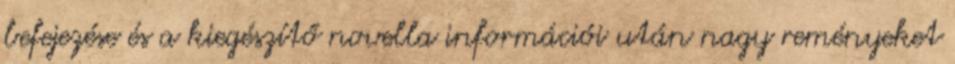
befejezése és a kiegészítő novella információi után nagy reményeket